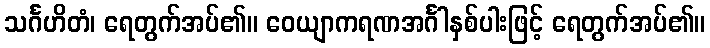
သင်္ဂဟိတံ၊ ရေတွက်အပ်၏။ ဝေယျာကရဏအင်္ဂါနှစ်ပါးဖြင့် ရေတွက်အပ်၏။